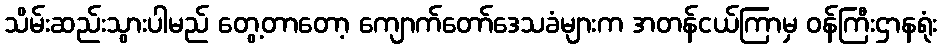
သိမ်းဆည်းသွားပါမည် တွေ့တာတော့ ကျောက်တော်ဒေသခံများက အတန်ငယ်ကြာမှ ဝန်ကြီးဌာနရုံး